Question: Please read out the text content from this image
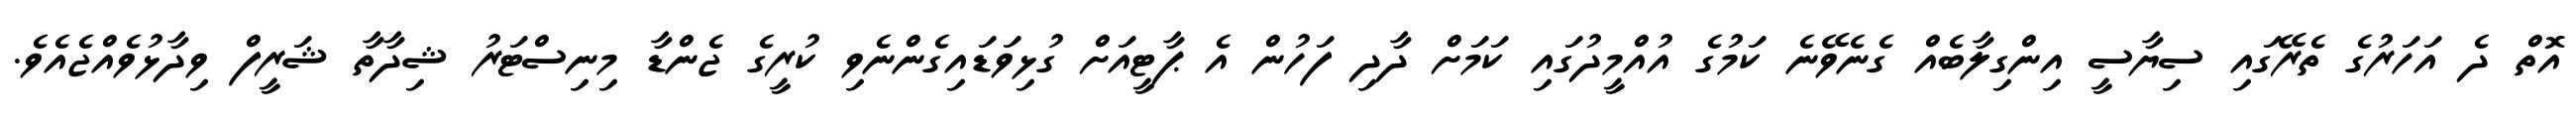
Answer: އޮތް ދެ އަހަރުގެ ތެރޭގައި ސިޔާސީ އިންގިލާބެއް ގެނެވޭނެ ކަމުގެ އުއްމީދުގައި ކަމަށް ދާދި ފަހުން އެ ޕާޓީއަށް ގުޅިވަޑައިގެންނެވި ކުރީގެ ޖެންޑާ މިނިސްޓަރު ޝިދާތާ ޝަރީފް ވިދާޅުވެއްޖެއެވެ.